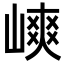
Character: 𡻯